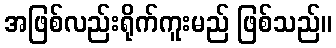
အဖြစ်လည်းရိုက်ကူးမည် ဖြစ်သည်။